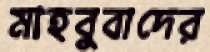
মাহবুবাদের